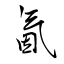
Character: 氤